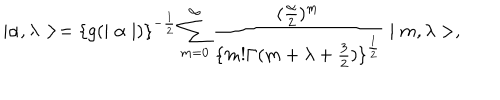
\mid \alpha , \lambda > = \{ g ( \mid \alpha \mid ) \} ^ { - \frac { 1 } { 2 } } \sum _ { m = 0 } ^ { \infty } \frac { ( \frac { \alpha } { 2 } ) ^ { m } } { \{ m ! \Gamma ( m + \lambda + \frac { 3 } { 2 } ) \} ^ { \frac { 1 } { 2 } } } \mid m , \lambda > ,